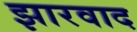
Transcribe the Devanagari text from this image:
झारवाद